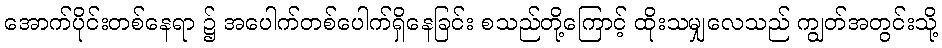
အောက်ပိုင်းတစ်နေရာ ၌ အပေါက်တစ်ပေါက်ရှိနေခြင်း စသည်တို့ကြောင့် ထိုးသမျှလေသည် ကျွတ်အတွင်းသို့